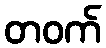
တဝက်